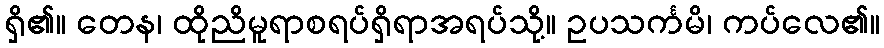
ရှိ၏။ တေန၊ ထိုညိမူရာစရပ်ရှိရာအရပ်သို့။ ဥပသင်္ကမိ၊ ကပ်လေ၏။